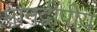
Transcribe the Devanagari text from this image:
मानद्वीपीय